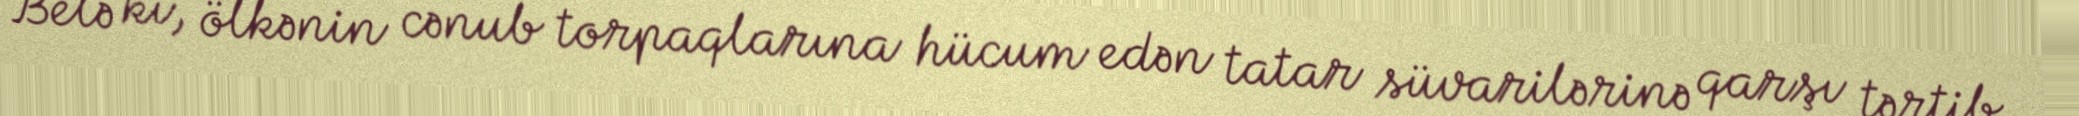
Belə ki, ölkənin cənub torpaqlarına hücum edən tatar süvarilərinə qarşı tərtib